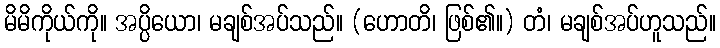
မိမိကိုယ်ကို။ အပ္ပိယော၊ မချစ်အပ်သည်။ (ဟောတိ၊ ဖြစ်၏။) တံ၊ မချစ်အပ်ဟူသည်။